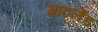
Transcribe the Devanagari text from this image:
ग्रांटलैंड